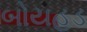
બોયહૂડ